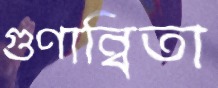
গুণান্বিতা